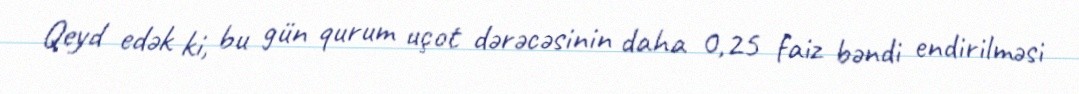
Qeyd edək ki, bu gün qurum uçot dərəcəsinin daha 0,25 faiz bəndi endirilməsi